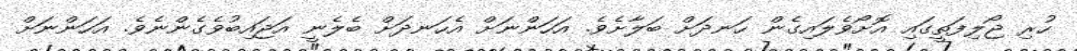
ހުރި ޖޯލިފަތީގައި އޮށޯވެލައިގެން ހަނދަށް ބަލާށެވެ. އަހަންނަށް އެހަނދަށް ބެލެނީ އަޖައިބުވެގެންނެވެ. އަހަންނަށް